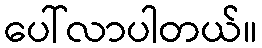
ပေါ်လာပါတယ်။